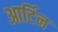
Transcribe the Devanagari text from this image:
आर्टिन